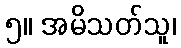
၅။ အမိသတ်သူ၊